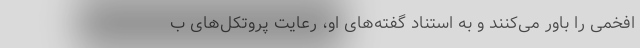
افخمی را باور می‌کنند و به استناد گفته‌های او، رعایت پروتکل‌های ب